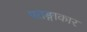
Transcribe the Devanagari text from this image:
पतङ्गाकार